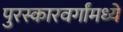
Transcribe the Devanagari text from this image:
पुरस्कारवर्गांमध्ये